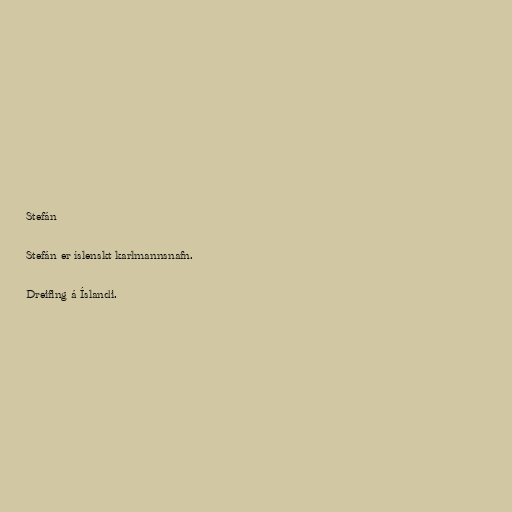
Stefán

Stefán er íslenskt karlmannsnafn.

Dreifing á Íslandi.